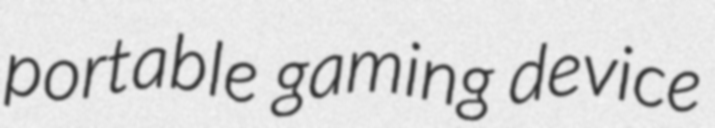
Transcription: portable gaming device